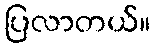
ပြလာတယ်။